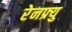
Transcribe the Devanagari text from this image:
रेनफ्र्यु